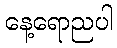
နေ့ရောညပါ